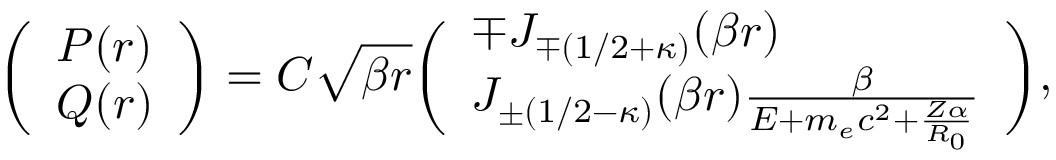
\biggl ( \begin{array} { l } { P ( r ) } \\ { Q ( r ) } \end{array} \biggr ) = C \sqrt { \beta r } \biggl ( \begin{array} { l } { \mp J _ { \mp ( 1 / 2 + \kappa ) } ( \beta r ) } \\ { J _ { \pm ( 1 / 2 - \kappa ) } ( \beta r ) \frac { \beta } { E + m _ { e } c ^ { 2 } + \frac { Z \alpha } { R _ { 0 } } } } \end{array} \biggr ) ,